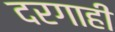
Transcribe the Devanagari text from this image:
दरगाही